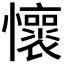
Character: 𫻡